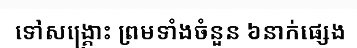
ទៅសង្គ្រោះ ព្រមទាំងចំនួន ៦នាក់ផ្សេង